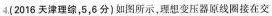
4.(2016天津理综，5，6分)如图所示，理想变压器原线圈接在交